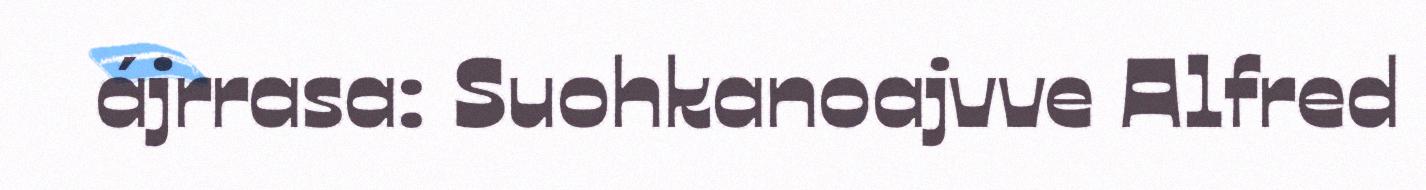
ájrrasa: Suohkanoajvve Alfred